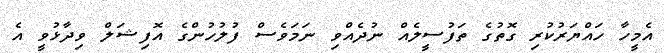
އެމީހާ ހައްޔަރުކުރި ގޮތުގެ ތަފުސީލެއް ނުދެއްވި ނަމަވެސް ފުލުހުންގެ އޮފިޝަލް ވިދާޅުވީ އެ